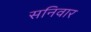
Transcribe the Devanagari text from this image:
सनिवार